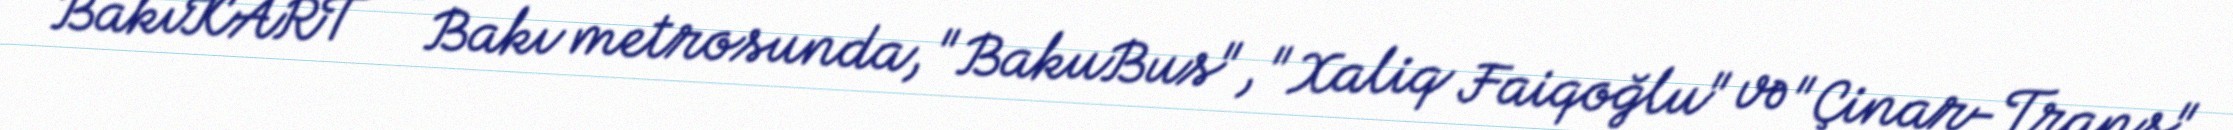
BakıKART — Bakı metrosunda, "BakuBus", "Xaliq Faiqoğlu" və "Çinar-Trans"